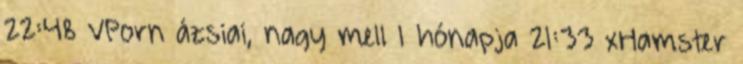
22:48 VPorn ázsiai, nagy mell 1 hónapja 21:33 xHamster